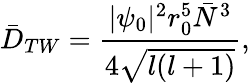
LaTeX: \bar{D}_{TW}=\frac{|\psi_{0}|^{2}r_{0}^{5}\bar{N}^{3}}{4\sqrt{l(l+1)}},